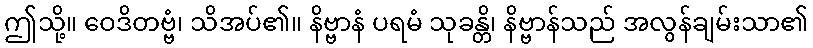
ဤသို့။ ဝေဒိတဗ္ဗံ၊ သိအပ်၏။ နိဗ္ဗာနံ ပရမံ သုခန္တိ၊ နိဗ္ဗာန်သည် အလွန်ချမ်းသာ၏